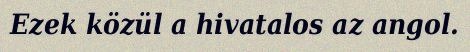
Ezek közül a hivatalos az angol.